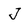
Character: J